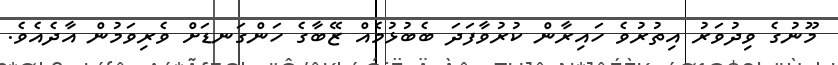
މޫނުގެ ވިދުވަރު އިތުރުވެ ހައިރާން ކުރުވާފަދަ ބެބުޅުމެއް ޒޭބާގެ ހަންގަނޑަށް ވެރިވަމުން އާދެއެވެ.